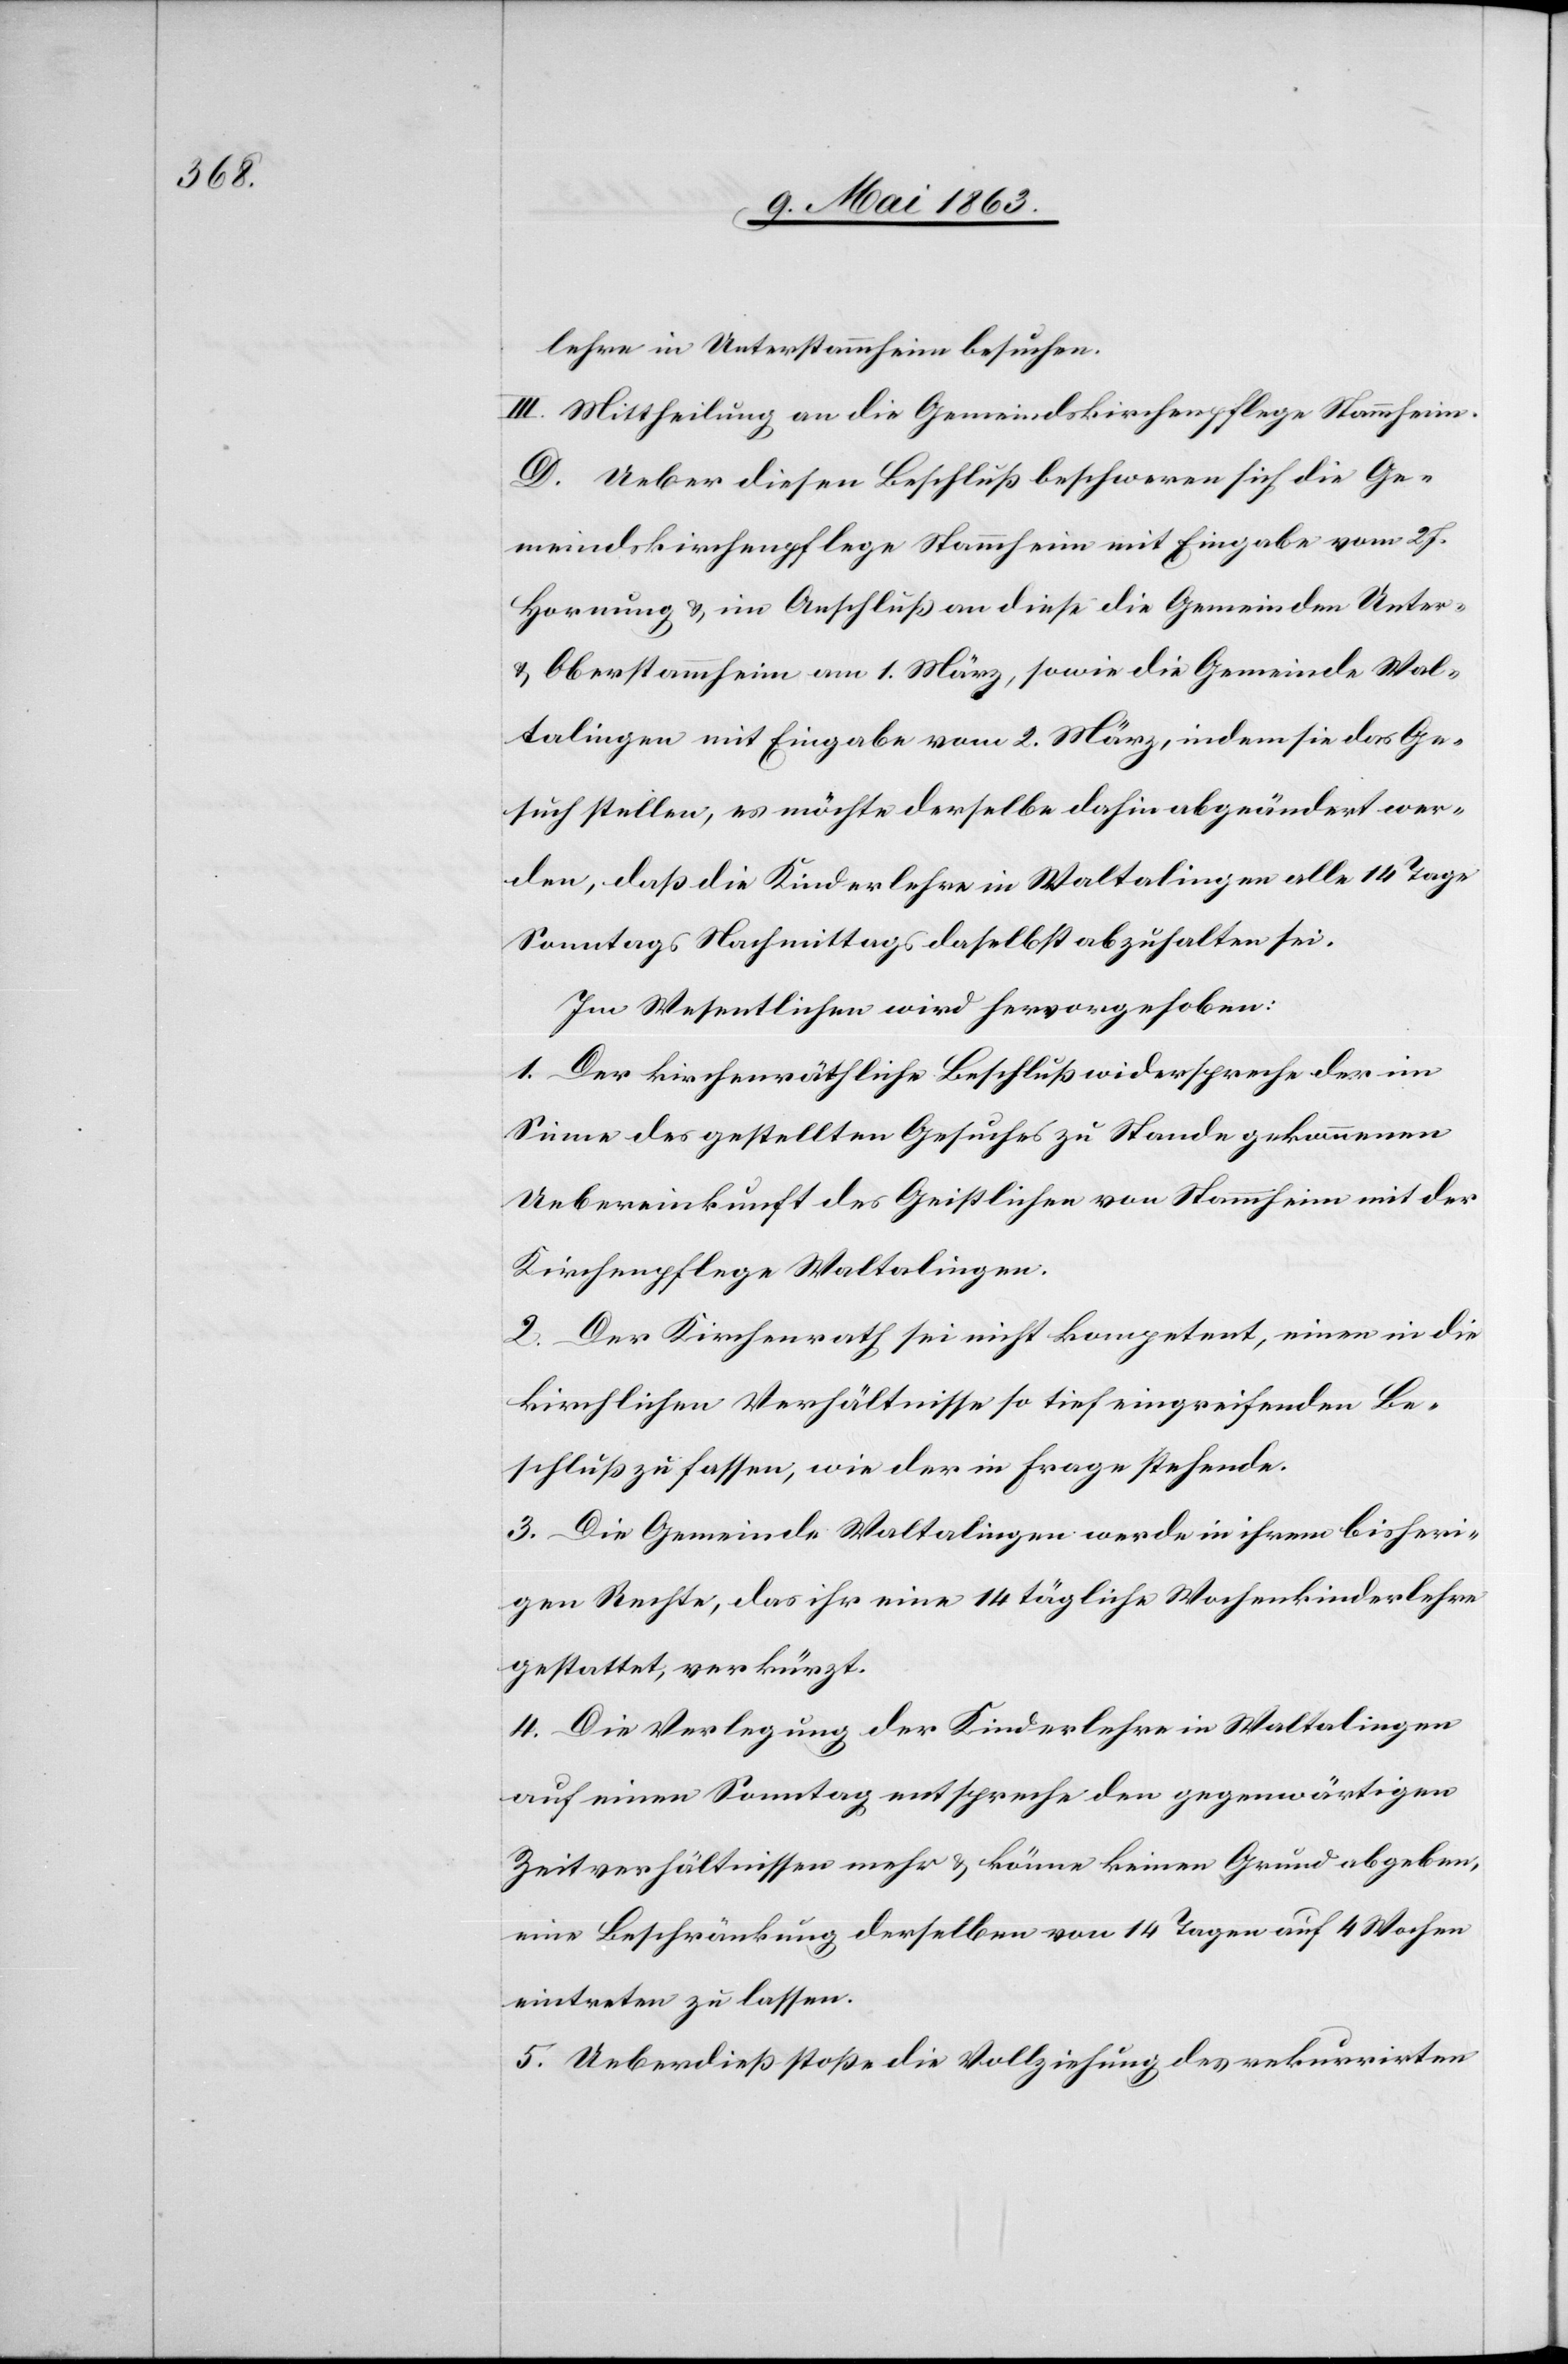
lehre in Unterstammheim besuchen.
III. Mittheilung an die Gemeindskirchenpflege Stammheim.
D. Ueber diesen Beschluß beschweren sich die Ge¬
meindskirchenpflege Stammheim mit Eingabe vom 27.
Hornung & im Anschluß an diese die Gemeinde Unter-
& Oberstammheim am 1. März, sowie die Gemeinde Wal¬
talingen mit Eingabe vom 2. März, indem sie das Ge¬
such stellen, es möchte derselbe dahin abgeändert wer¬
den, daß die Kinderlehre in Waltalingen alle 14 Tage
Sonntags Nachmittags daselbst abzuhalten sei.
Im Wesentlichen wird hervorgehoben:
1. Der kirchenräthliche Beschluß widerspreche der im
Sinne des gestellten Gesuches zu Stande gekommenen
Uebereinkunft des Geistlichen von Stammheim mit der
Kirchenpflege Waltalingen.
2. Der Kirchenrath sei nicht kompetent, einen in die
kirchlichen Verhältnisse so tief eingreifenden Be¬
schluß zu fassen, wie der in Frage stehende.
3. Die Gemeinde Waltalingen werde in ihrem bisheri¬
gen Rechte, das ihr eine 14 tägliche Wochenkinderlehre
gestattet, verkürzt.
4. Die Verlegung der Kinderlehre in Waltalingen
auf einen Sonntag entspreche den gegenwärtigen
Zeitverhältnissen mehr & könne keinen Grund abgeben,
eine Beschränkung derselben von 14 Tagen auf 4 Wochen
eintreten zu lassen.
5. Ueberdieß stoße die Vollziehung des rekurrirten